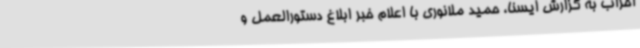
احزاب به گزارش ایسنا، حمید ملانوری با اعلام خبر ابلاغ دستورالعمل و